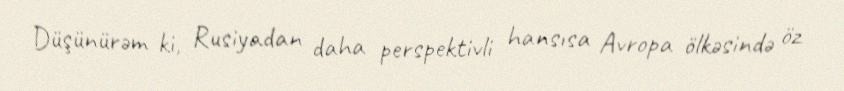
Düşünürəm ki, Rusiyadan daha perspektivli hansısa Avropa ölkəsində öz